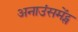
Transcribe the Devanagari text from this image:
अनाउंसमेंट्स